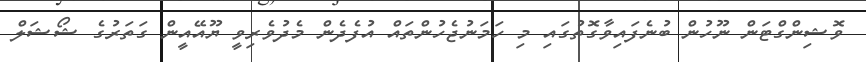
ވޮޝިންގްޓަން ނޫހުން ބުނެފައިވާގޮތުގައި މި ހަމަނުޖެހުންތައް އުފެދެން މެދުވެރިވީ ޔޫއޭއީން ގަތަރުގެ ޝޯޝަލް